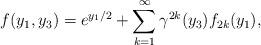
LaTeX: \begin{align*}f(y_1, y_3)=e^{y_1/2}+\sum_{k=1}^{\infty} {\gamma}^{2k}(y_3) f_{2k}(y_1),\end{align*}